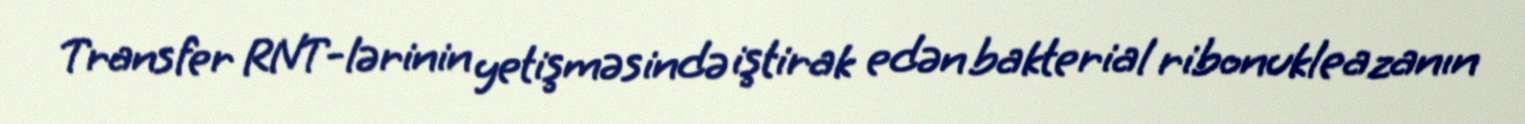
Transfer RNT-lərinin yetişməsində iştirak edən bakterial ribonukleazanın